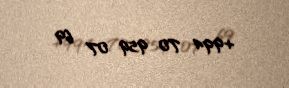
+994 70 959 07 69